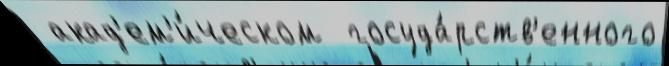
 акад'ем'и́ческом  госуда́рств'енного